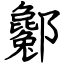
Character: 酁